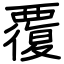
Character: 覆